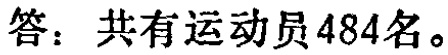
答：共有运动员484名。